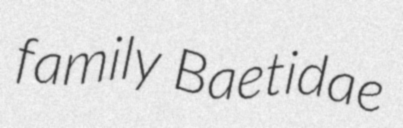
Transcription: family Baetidae